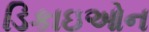
ડિકાઇઓન